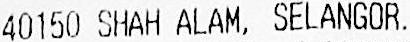
40150 SHAH ALAM, SELANGOR.